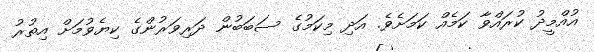
އުއްމީދު ކުރައްވާ ކަމެއް ކަމަށެވެ. އަދި މިކަމުގެ ސަބަބުން ދަރިވަރުންގެ ކިޔެވުމަށް އިތުރު